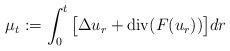
LaTeX: \begin{align*}\mu_t := \int_0^t \big[\Delta u_r + \mathrm{div} (F(u_r)) \big] dr\end{align*}